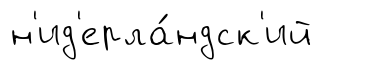
н'ид'ерла́ндск'ий